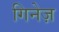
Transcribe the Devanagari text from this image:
गिनेज़